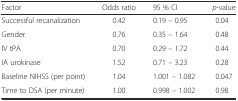
<table><thead><tr><td><b>Factor</b></td><td><b>Odds ratio</b></td><td><b>95 % CI</b></td><td><b><i>p</i>-value</b></td></tr></thead><tbody><tr><td>Successful recanalization</td><td>0.42</td><td>0.19 – 0.95</td><td>0.04</td></tr><tr><td>Gender</td><td>0.76</td><td>0.35 – 1.64</td><td>0.48</td></tr><tr><td>IV tPA</td><td>0.70</td><td>0.29 – 1.72</td><td>0.44</td></tr><tr><td>IA urokinase</td><td>1.52</td><td>0.71 – 3.23</td><td>0.28</td></tr><tr><td>Baseline NIHSS (per point)</td><td>1.04</td><td>1.001 – 1.082</td><td>0.047</td></tr><tr><td>Time to DSA (per minute)</td><td>1.00</td><td>0.998 – 1.002</td><td>0.98</td></tr></tbody></table>